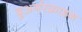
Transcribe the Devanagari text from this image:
बुअर्गरक्राइग